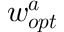
\boldsymbol { w _ { o p t } ^ { a } }